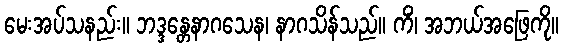
မေးအပ်သနည်း။ ဘဒ္ဒန္တေနာဂသေန၊ နာဂသိန်သည်။ ကိံ၊ အဘယ်အဖြေကို။